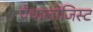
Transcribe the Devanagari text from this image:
पैथालोजिस्ट